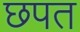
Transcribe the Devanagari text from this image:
छपत